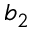
b _ { 2 }